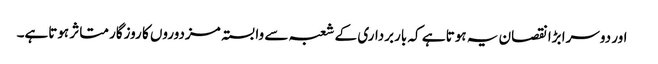
 اور دوسرا بڑا نقصان یہ ہوتا ہے کہ باربرداری کے شعبہ سے وابستہ مزدوروں کا روزگار متاثر ہوتاہے۔